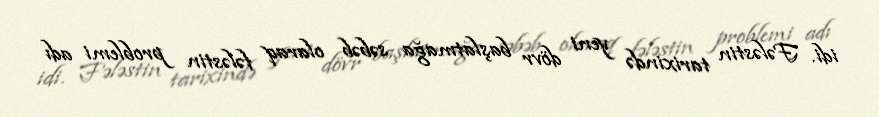
idi. Fələstin tarixində yeni dövr başlatmağa səbəb olaraq fələstin problemi adı